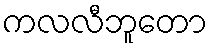
ကလလီဘူတော